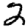
Digit: 2